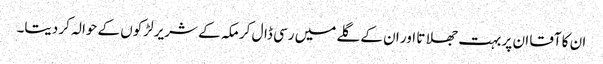
ان کا آقا ان پر بہت جھلاتا اور ان کے گلے میں رسی ڈال کر مکہ کے شریر لڑکوں کے حوالہ کر دیتا۔